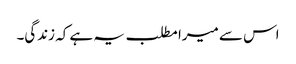
اس سے میرا مطلب یہ ہے کہ زندگی۔